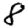
Digit: 8